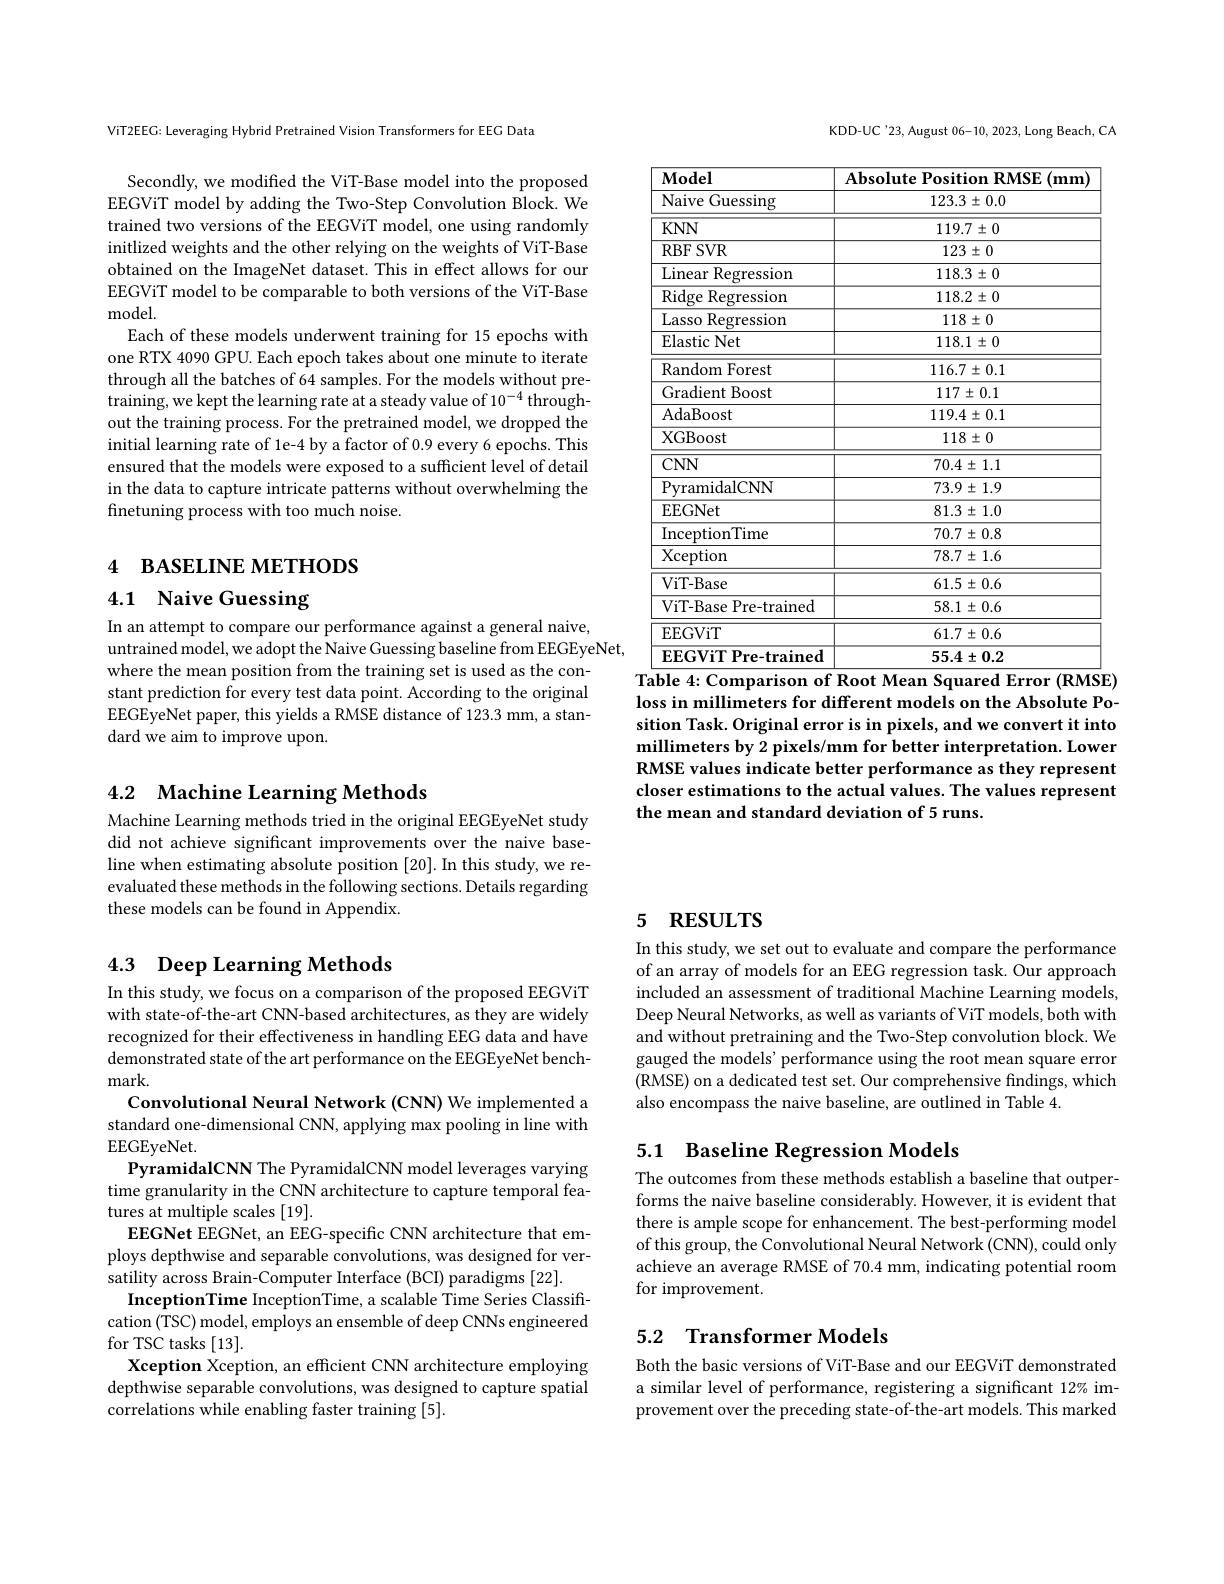
ViT2EEG: Leveraging Hybrid Pretrained Vision Transformers for EEG Data

Secondly, we modified the ViT-Base model into the proposed EEGViT model by adding the Two-Step Convolution Block. We trained two versions of the EEGViT model, one using randomly initlized weights and the other relying on the weights of ViT-Base obtained on the ImageNet dataset. This in effect allows for our EEGViT model to be comparable to both versions of the ViT-Base model.
Each of these models underwent training for 15 epochs with one RTX 4090 GPU. Each epoch takes about one minute to iterate through all the batches of 64 samples. For the models without pretraining, we kept the learning rate at a steady value of 10$^-4$ throughout the training process. For the pretrained model, we dropped the initial learning rate of 1e-4 by a factor of 0.9 every 6 epochs. This ensured that the models were exposed to a sufficient level of detail in the data to capture intricate patterns without overwhelming the finetuning process with too much noise.

# 4 ВАSELINE МЕТНОDS

4.1 Naive Guessing

In an attempt to compare our performance against a general naive,
untrained model, we adopt the Naive Guessing baseline from EEGEyeNet,
where the mean position from the training set is used as the constant prediction for every test data point. According to the original EEGEyeNet paper, this yields a RMSE distance of 123.3 mm, a standard we aim to improve upon.

## 4.2 Machine Learning Methods

Machine Learning methods tried in the original EEGEyeNet study did not achieve significant improvements over the naive baseline when estimating absolute position [20]. In this study, we reevaluated these methods in the following sections. Details regarding these models can be found in Appendix.

# 4.3 Deep Learning Methods

In this study, we focus on a comparison of the proposed EEGViT with state-of-the-art CNN-based architectures, as they are widely recognized for their effectiveness in handling EEG data and have demonstrated state of the art performance on the EEGEyeNet benchmark.
Convolutional Neural Network (CNN) We implemented a standard one-dimensional CNN, applying max pooling in line with EEGEyeNet.
PyramidalCNN The PyramidalCNN model leverages varying time granularity in the CNN architecture to capture temporal features at multiple scales [19].
EEGNet EEGNet, an EEG-specific CNN architecture that employs depthwise and separable convolutions, was designed for versatility across Brain-Computer Interface (BCI) paradigms [22].
InceptionTime InceptionTime, a scalable Time Series Classification (TSC) model, employs an ensemble of deep CNNs engineered for TSC tasks [13].
Xception Xception, an efficient CNN architecture employing depthwise separable convolutions, was designed to capture spatial correlations while enabling faster training [5].

KDD-UC'23, August 06-10, 2023, Long Beach, CA

<table>
	<tbody>
		<tr>
			<th>$\mathbf{Model}$</th>
			<th>$\mathbf{Absolute~Position~RMSE~(mm)}$</th>
		</tr>
		<tr>
			<td>Naive Guessing</td>
			<td>$123.3\pm0.0$</td>
		</tr>
		<tr>
			<td>$KNN$</td>
			<td>$119.7\pm0$</td>
		</tr>
		<tr>
			<td>RBFSVR</td>
			<td>$123\pm0$</td>
		</tr>
		<tr>
			<td>Linear Regression</td>
			<td>$$118.3\pm0$$</td>
		</tr>
		<tr>
			<td>Ridge Regression</td>
			<td>$118.2\pm0$</td>
		</tr>
		<tr>
			<td>Lasso Regression</td>
			<td>$118\pm0$</td>
		</tr>
		<tr>
			<td>Elastic Net</td>
			<td>$118.1\pm0$</td>
		</tr>
		<tr>
			<td>Random Forest</td>
			<td>$116.7\pm0.1$</td>
		</tr>
		<tr>
			<td>Gradient Boost</td>
			<td>$117\pm0.1$</td>
		</tr>
		<tr>
			<td>AdaBoost</td>
			<td>$119.4\pm0.1$</td>
		</tr>
		<tr>
			<td>XGBoost</td>
			<td>$118\pm0$</td>
		</tr>
		<tr>
			<td>$CNN$</td>
			<td>$70.4\pm1.1$</td>
		</tr>
		<tr>
			<td>PvramidalCNN</td>
			<td>$73.9\pm1.9$</td>
		</tr>
		<tr>
			<td>EEGNet</td>
			<td>$81.3\pm1.0$</td>
		</tr>
		<tr>
			<td>InceptionTime</td>
			<td>$70.7\pm0.8$</td>
		</tr>
		<tr>
			<td>Xception</td>
			<td>$78.7\pm1.6$</td>
		</tr>
		<tr>
			<td>ViT- Base</td>
			<td>$61.5\pm0.6$</td>
		</tr>
		<tr>
			<td>ViT-Base Pre-trained</td>
			<td>$58.1\pm0.6$</td>
		</tr>
		<tr>
			<td>EEGViT</td>
			<td>$61.7\pm0.6$</td>
		</tr>
		<tr>
			<td>EEGViT Pre-trained</td>
			<td>$55.4\pm0.2$</td>
		</tr>
	</tbody>
</table>

loss in millimeters for different models on the Absolute Position Task. Original error is in pixels, and we convert it into millimeters by 2 pixels/mm for better interpretation. Lower RMSE values indicate better performance as they represent closer estimations to the actual values. The values represent the mean and standard deviation of 5 runs.

# 5 RESULTS

In this study, we set out to evaluate and compare the performance of an array of models for an EEG regression task. Our approach included an assessment of traditional Machine Learning models Deep Neural Networks, as well as variants of ViT models, both with and without pretraining and the Two-Step convolution block. We gauged the models' performance using the root mean square error (RMSE) on a dedicated test set. Our comprehensive findings, which also encompass the naive baseline, are outlined in Table 4.

# 5.1 Baseline Regression Models

The outcomes from these methods establish a baseline that outperforms the naive baseline considerably. However, it is evident that there is ample scope for enhancement. The best-performing model of this group, the Convolutional Neural Network (CNN), could only achieve an average RMSE of 70.4 mm, indicating potential room for improvement.

## 5.2 Transformer Models

Both the basic versions of ViT-Base and our EEGViT demonstrated a similar level of performance, registering a significant 12% improvement over the preceding state-of-the-art models. This marked